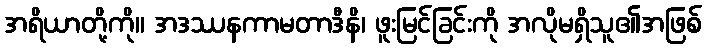
အရိယာတို့ကို။ အဒဿနကာမတာဒီနိ၊ ဖူးမြင်ခြင်းကို အလိုမရှိသူ၏အဖြစ်